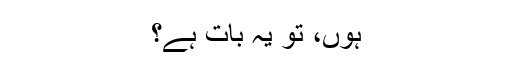
ہوں، تو یہ بات ہے؟